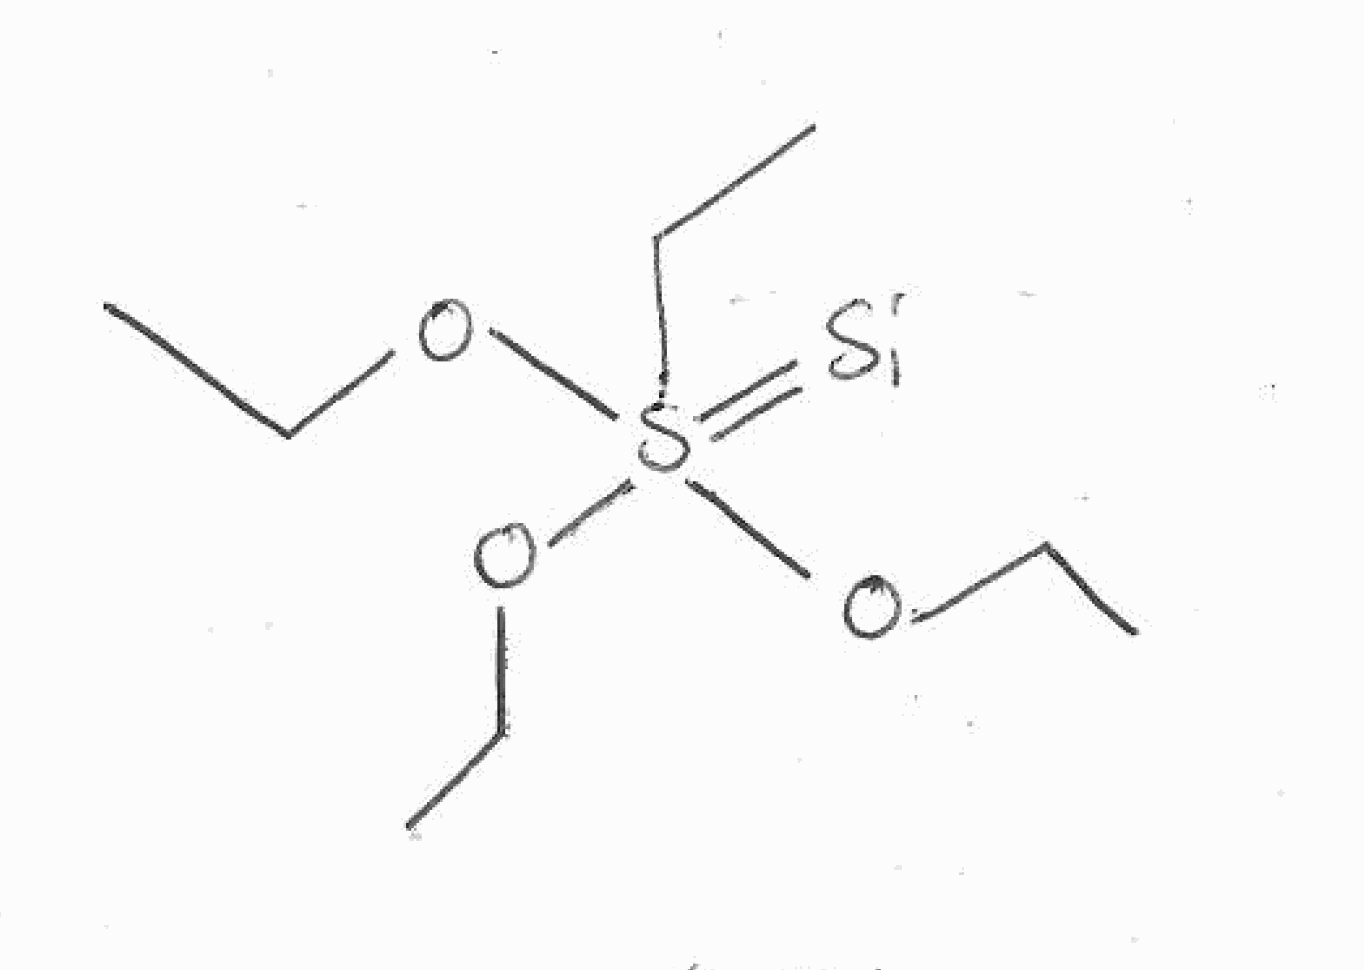
Simplified molecular-input line-entry system (SMILES) notation of the given molecule:
CCOS(=[Si])(CC)(OCC)OCC